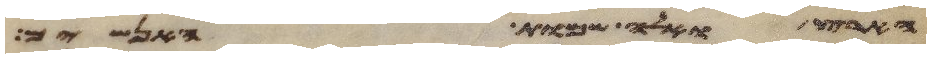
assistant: הארץ ואלה שמות האנשים